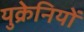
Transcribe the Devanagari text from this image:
युक्रेनियों